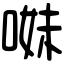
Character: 𠵈